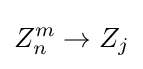
Z_{n}^{m}\rightarrow Z_{j}